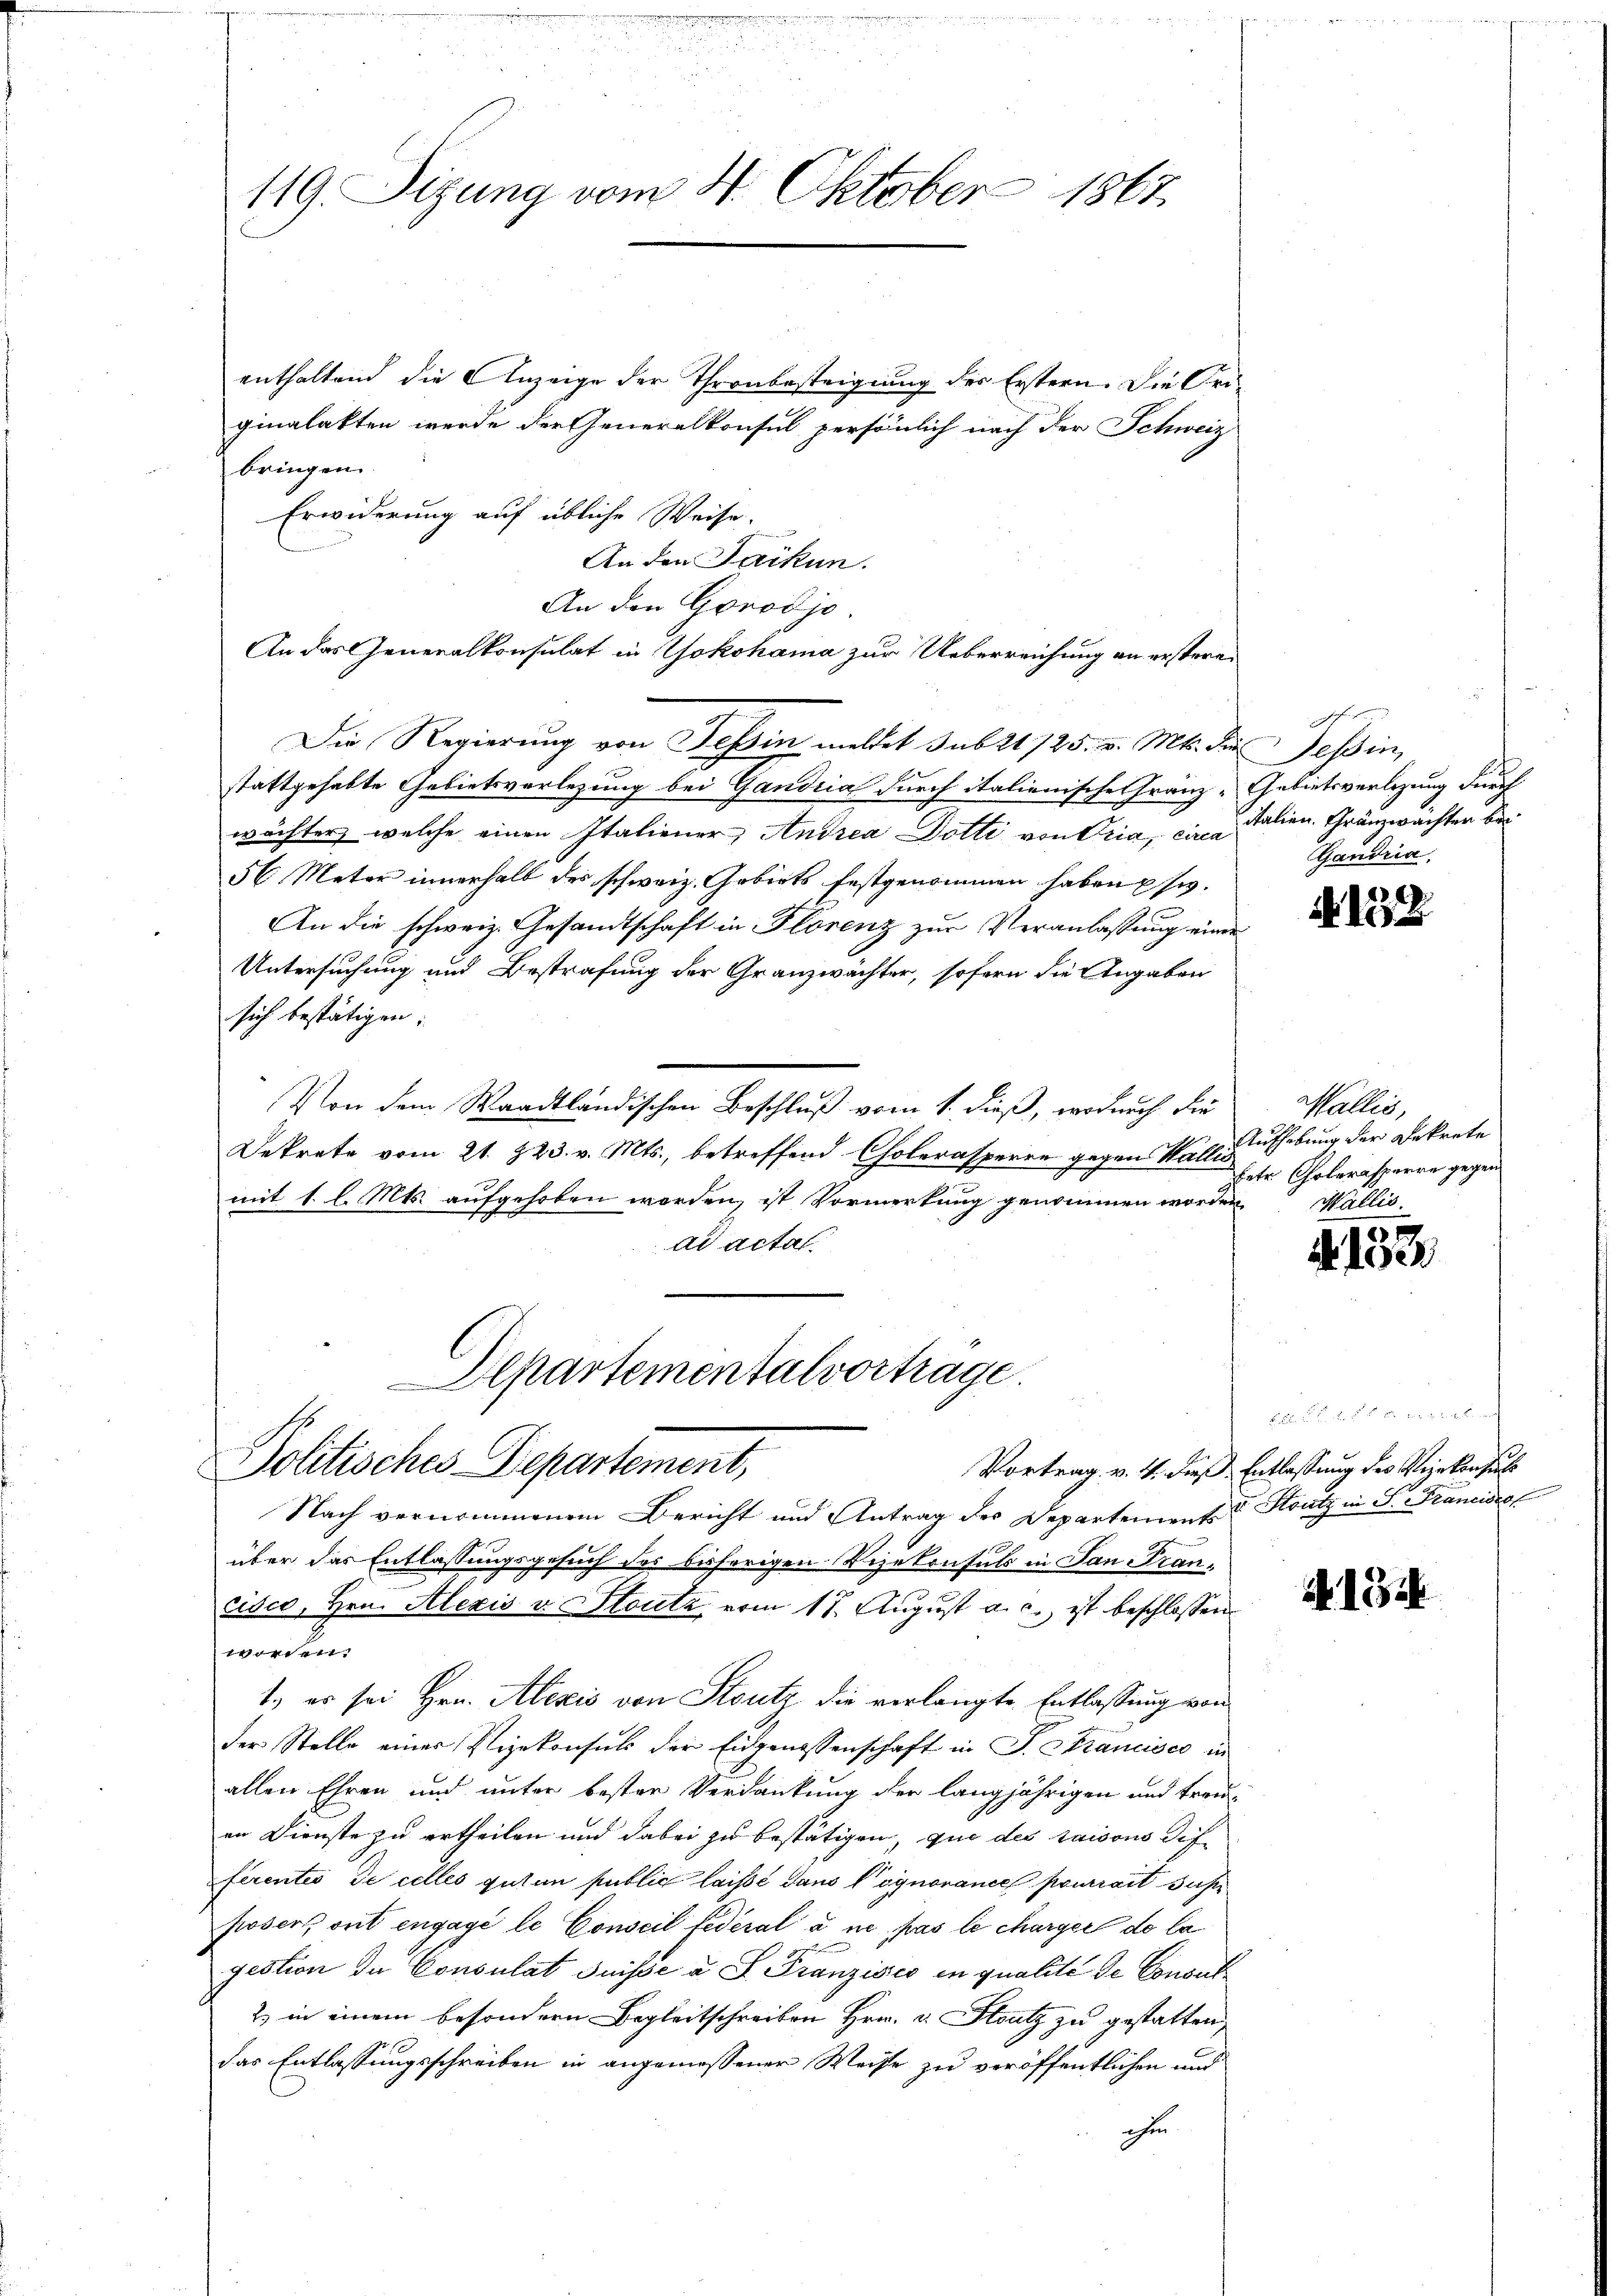
119. Sizung vom 4. Oktober 1867

enthaltend die Anzeige der Thronbesteigung des Erstern. Die Originalakten werde der Generalkonsul persönlich nach der Schweiz
bringen.
Erwiderung auf übliche Weise.
An den Jackun
An den Gorodjo.
An das Generalkonsulat in Yokohama zur Ueberreichung an erstere
Die Regierung von Tessin meldet sub 1125. v. Mts. die Tessin,
stattgehabte Gebietsverlegung bei Gandria durch italienische Franz-Gebietsverlegung durch
wächter, welche einen Italiener Andrea Dotti von Oria, ein Italien. Gränzwächter bei
56 Meter innerhalb der schweiz. Gebiets festgenommen haben usw.
An die schweiz. Gesandtschaft in Florenz zur Veranlassung einer
Untersuchung und Bestrafung der Granzwächter, sofern die Angaben
sich bestätigen.
Von dem Waadtländischen Beschluß vom 1. dieß, wodurch die
Dekrete vom 21. 223. v. Mts., betreffend Cholerasperre gegen Wallis
mit 1 l. Mts. aufgehoben worden, ist Vormerkung genommen worden,
ad acta.
Departementalvortrage.
Politisches Departement,
Nach vernommenen Bericht und Antrag des Departement Stutz in S. Franciscel
über das Entlassungsgesuch des bisherigen Vizekonsuls in San Franciger, Hrn. Alexis v. Stoute vom 17. August a. c. ist beschlossen
worden.
1. es sei Hrn. Alexis von Stutz die verlangte Entlassung von
der Stelle einer Vizekonsuls der Eidgenossenschaft in J. Strancisco in
allen Ehren und unter bester Verdankung der langjährigen und treu-
en Dienste zu ertheilen und dabei zu bestätigen, que des raisons differentes de celles guten public laissé dans Cognorance pourrait sus
posers ont engagé le Conseil fédéral à ne pas le charger de la
gestion de Consulat Suisse u. S. Franzisco in qualité de Consul
2) in einem besondern Begleitschreiben Hrn. v. Stutz zu gestatten,
das Entlassungsschreiben in angemessener Weise zu veröffentlichen und
ohen

Gandria

Nr. 122

Wallis,
Aufhebung der Dekrete
hetr. Cholerasperre gegen
Wallis.

A. 133

af
Vortrag v. 4. dies Entlassung des Vizekonsuls

N. 13